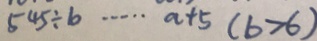
5 4 5 \div b \cdots a + 5 ( b > 6 )